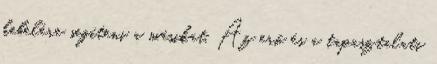
kebelére segíteni a másikat. Az erő és a tapasztalati